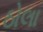
ઠોલા